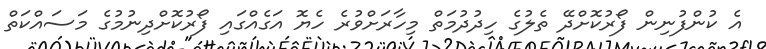
އެ ކުންފުނިން ފޯރުކޮށްދޭ ތެލުގެ ހިދުދުމަތް މިހާރަށްވުރެ ހެޔޮ އަގެއްގައި ފޯރުކޮށްދިނުމުގެ މަސައްކަތް